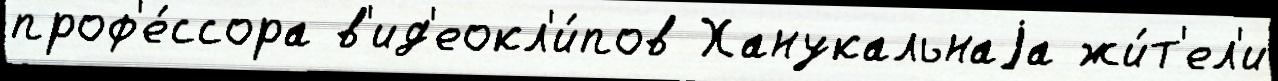
проф'е́ссора в'ид'еокл'и́пов Ханукальнаjа жи́т'ел'и